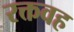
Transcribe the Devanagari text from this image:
रक्तवह